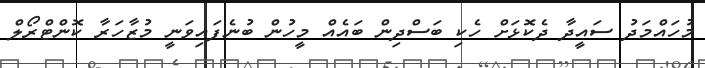
މުހައްމަދު ސައީދާ ދެކޮޅަށް ހެކި ބަސްދިން ބައެއް މީހުން ބުނެފައިވަނީ މުޒާހަރާ ކޮންޓްރޯލް